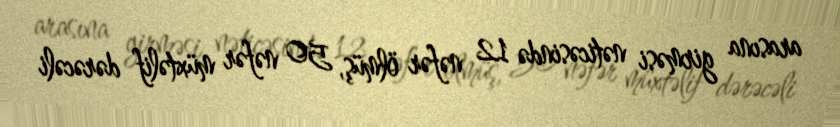
arasına girməsi nəticəsində 12 nəfər ölmüş, 50 nəfər müxtəlif dərəcəli